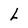
Character: L